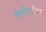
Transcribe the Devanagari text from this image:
स्क्रीनरीडर